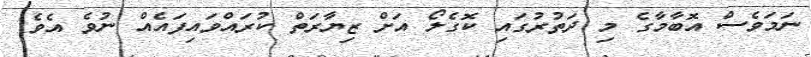
ނަމަވެސް އޮބާމާގެ މި ދަތުރުގައި ކޮގެލޯ އަށް ޒިޔާރަތް ކުރައްވައިފައެއް ނުވެ އެވެ.